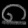
Digit: ၈